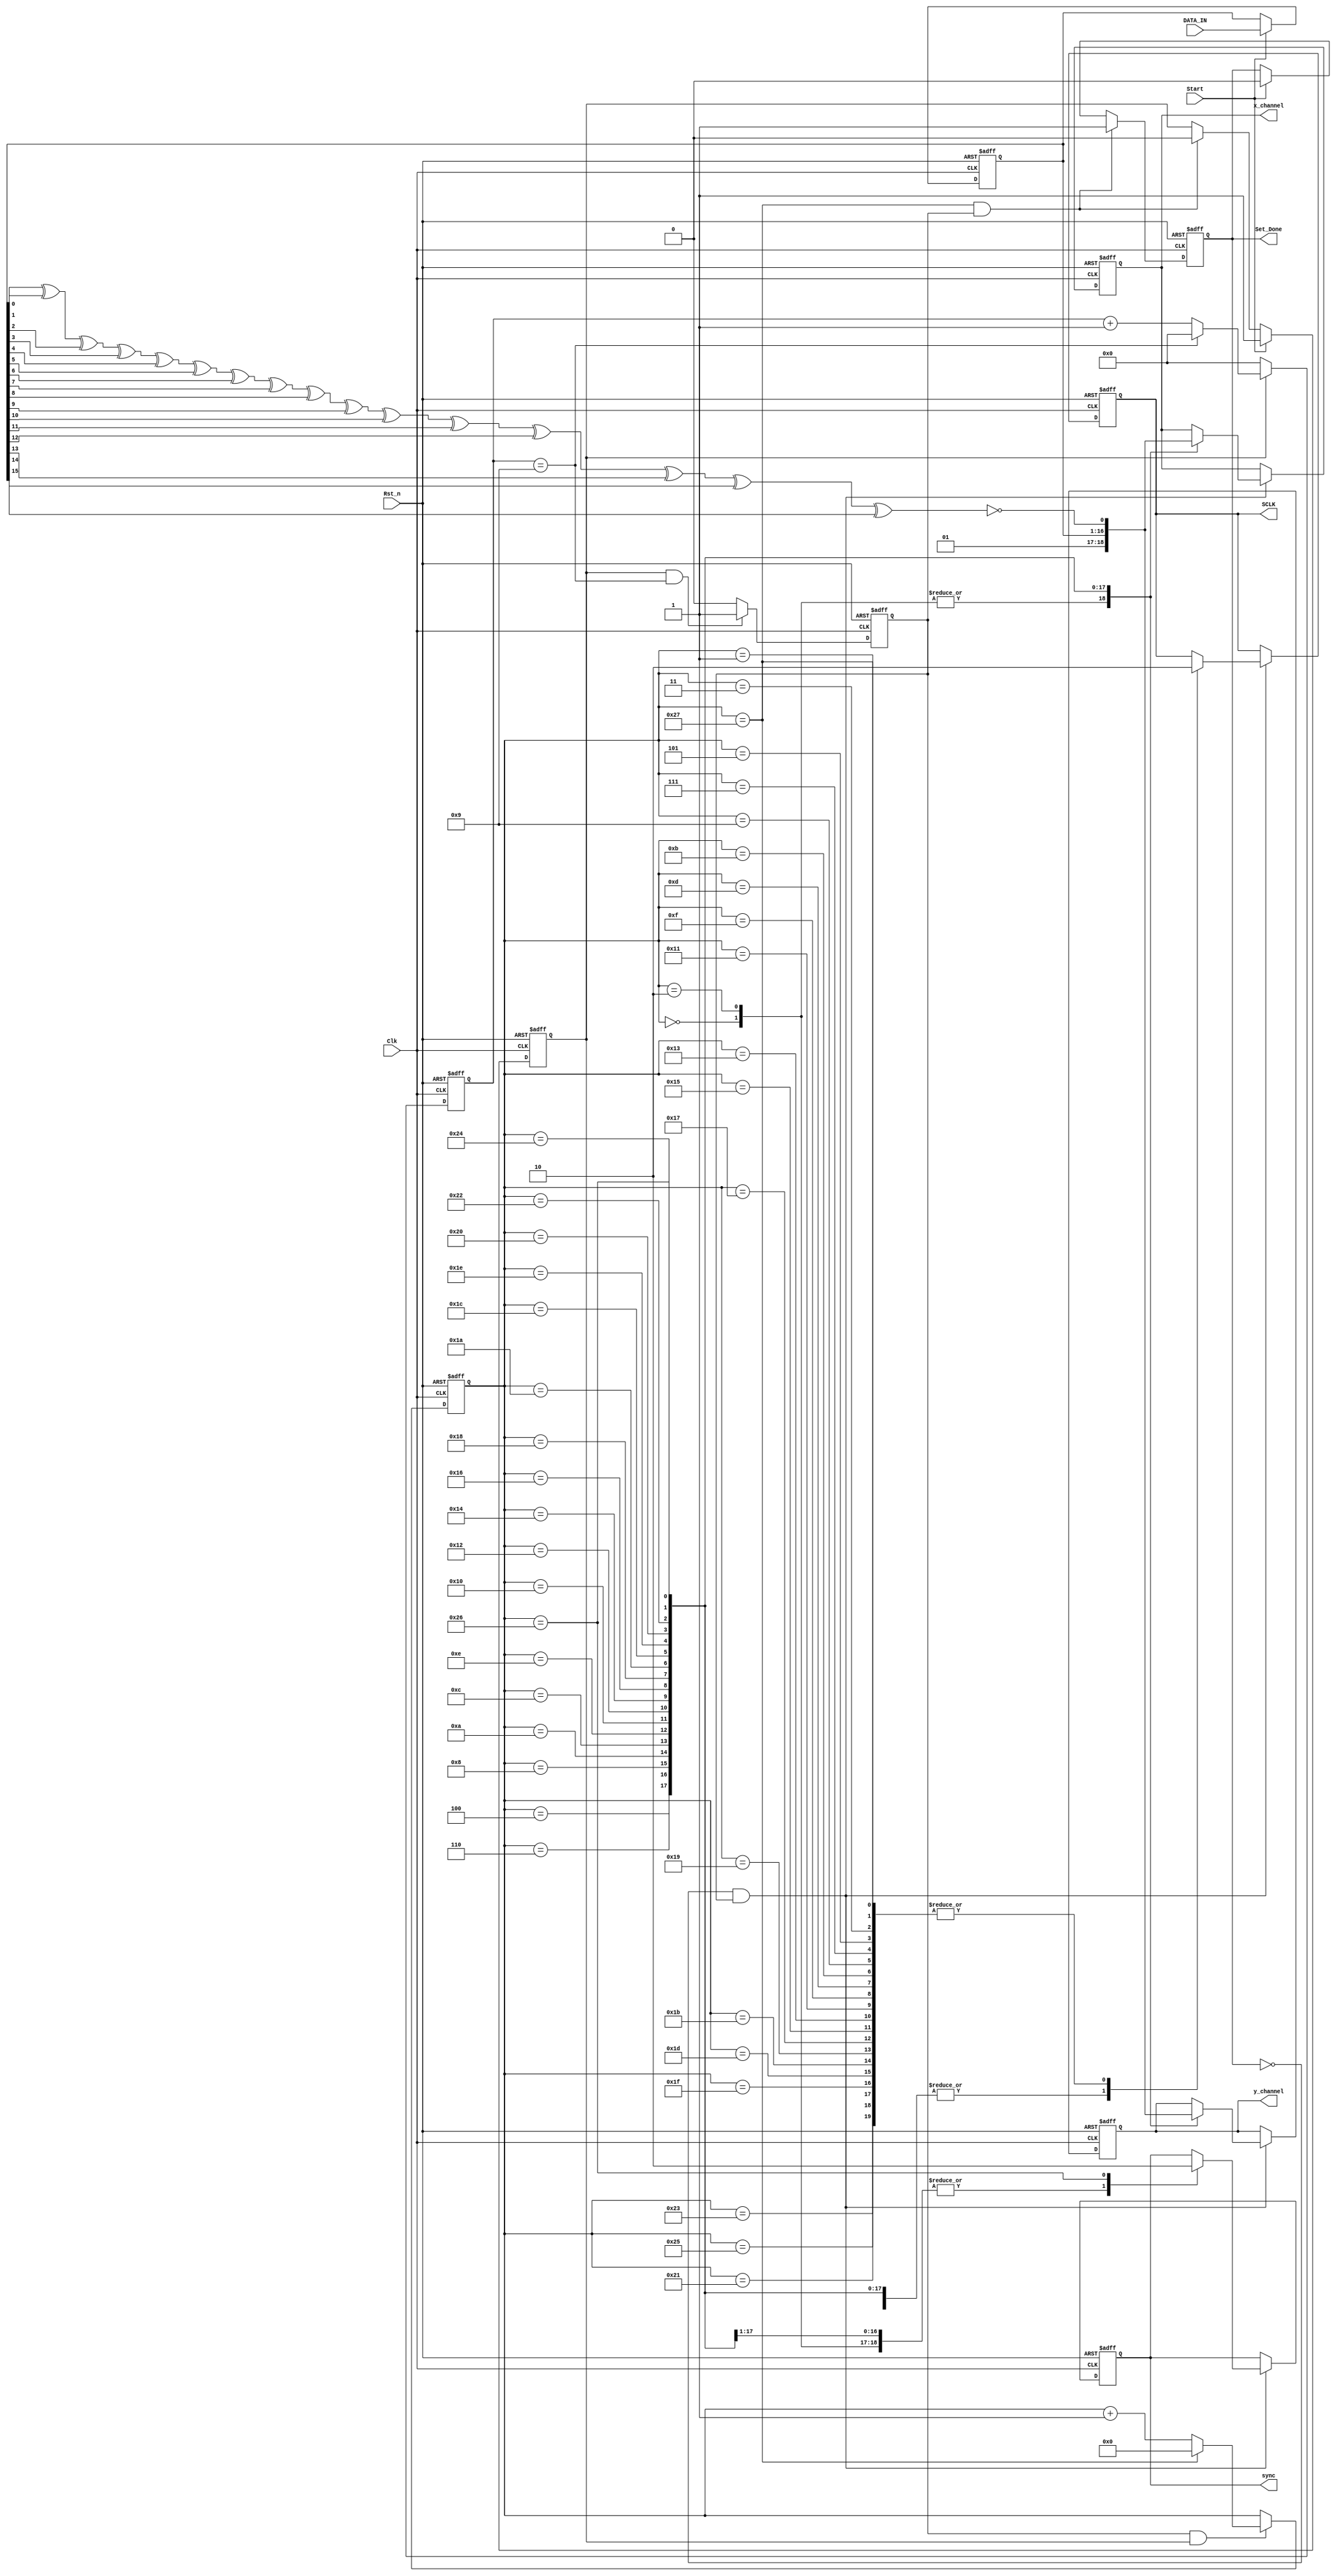
`timescale 1ns / 1ps
//////////////////////////////////////////////////////////////////////////////////
// Company: 
// Engineer: 
// 
// Design Name: 
// Module Name: xy2_100_send
// Project Name: 
// Target Devices: 
// Tool Versions: 
// Description: 
// 
// Dependencies: 
// 
// Revision:
// Revision 0.01 - File Created
// Additional Comments:
// 
//////////////////////////////////////////////////////////////////////////////////


module xy2_100_send(

 	Clk,
Rst_n,
DATA_IN,
Start,
Set_Done,
sync,
x_channel,
y_channel,
SCLK
);//set_done1bug

parameter fCLK = 40;  //total clk is 40Mhz
parameter DIV_PARAM =10;//half period of the clk_out is 200ns

input Clk;
input Rst_n;
input [15:0] DATA_IN;   //data and start signal are sent at the same time
input Start;            //
output Set_Done;     //if 16bits data are sent this signal is triggered
output reg sync;              
output reg x_channel;
output reg y_channel;
output reg SCLK;

reg [15:0] r_DAC_DATA;
 reg Set_Done=1;
reg [3:0]DIV_CNT=0;
reg SCLK2X;
//reg  set_done_r=1;
reg [5:0]SCLK_GEN_CNT=0;//this cnt is to generate sclk and data out

reg en=0;//if start is 1 en is triggerd 
//assign   done=(set_done_r)&&Set_Done;
//always@(posedge Clk or negedge Rst_n)
//if(!Rst_n)
//set_done_r<=0;
//else  set_done_r <=Set_Done;
always@(posedge Clk or negedge Rst_n)
if(!Rst_n)
    en  <=  1'b0;
else if(Start)
    en  <=  1'b1;
else if((SCLK_GEN_CNT == 39) && SCLK2X)
    en  <=  1'b0;
else
    en  <=  en;

always@(posedge Clk or negedge Rst_n)
if(!Rst_n)
    DIV_CNT  <=  4'd0;
else if(en)begin
    if(DIV_CNT == (DIV_PARAM - 1'b1))
        DIV_CNT  <=  4'd0;
    else 
        DIV_CNT  <= DIV_CNT + 1'b1;
end else    
    DIV_CNT  <= 4'd0;


always@(posedge Clk or negedge Rst_n)
if(!Rst_n)
    SCLK2X  <=  1'b0;
else if(en && (DIV_CNT == (DIV_PARAM - 1'b1)))
    SCLK2X  <=  1'b1;
else
    SCLK2X  <=1'b0;
    

always@(posedge Clk or negedge Rst_n)
if(!Rst_n)
    SCLK_GEN_CNT  <=  6'd0;
else if(SCLK2X && en)begin
    if(SCLK_GEN_CNT == 6'd39)
        SCLK_GEN_CNT  <= 6'd0;
    else
        SCLK_GEN_CNT  <= SCLK_GEN_CNT + 1'd1;
end else
    SCLK_GEN_CNT  <=  SCLK_GEN_CNT;

always@(posedge Clk or negedge Rst_n)
if(!Rst_n)
    r_DAC_DATA  <= 16'd0;
else if(Start)    
    r_DAC_DATA  <=  DATA_IN;
else
    r_DAC_DATA  <=  r_DAC_DATA; //shift the data into the register
            
//push the data at serial model        
always@(posedge Clk or negedge Rst_n)
if(!Rst_n)begin
     x_channel <=  1'b1;
     y_channel <=  1'b1; 
    SCLK  <=  1'b0;
    sync<=1'b0;
    
end else if(!Set_Done && SCLK2X) begin
    case(SCLK_GEN_CNT)
        0:
            begin                    
                 x_channel  <= 1'b0;
                  y_channel<= 1'b0;
                SCLK  <=   1'b1;
                sync<=1'b1;
            end
    
        1,3,5,7,9,11,13,15,17,19,21,23,25,27,29,31,33,35,37:
            begin
                SCLK  <=  1'b0;
            end
        
        2:  begin x_channel <= 1'b0; y_channel<=1'b0;                              SCLK  <=  1'b1;          sync<=1'b1;               end
        4:  begin x_channel <= 1'b1; y_channel<=1'b1;                              SCLK  <=  1'b1;          sync<=1'b1;               end
        6:  begin x_channel  <= r_DAC_DATA[15]; y_channel  <=  r_DAC_DATA[15];    SCLK  <=  1'b1;  sync<=1'b1;                end
        8:  begin x_channel <=  r_DAC_DATA[14];  y_channel <=  r_DAC_DATA[14];     SCLK  <=  1'b1;  sync<=1'b1;                 end            
        10: begin x_channel <=  r_DAC_DATA[13];  y_channel <=  r_DAC_DATA[13];     SCLK  <=  1'b1;  sync<=1'b1;                 end
        12: begin x_channel <=  r_DAC_DATA[12];  y_channel <=  r_DAC_DATA[12];     SCLK  <=  1'b1;  sync<=1'b1;                 end
        14: begin x_channel <=  r_DAC_DATA[11];  y_channel <=  r_DAC_DATA[11];     SCLK  <=  1'b1;  sync<=1'b1;                 end
        16: begin x_channel <=  r_DAC_DATA[10];  y_channel <=  r_DAC_DATA[10];     SCLK  <=  1'b1;  sync<=1'b1;                 end    
        18: begin x_channel <=  r_DAC_DATA[9];   y_channel <=  r_DAC_DATA[9];      SCLK  <=  1'b1;  sync<=1'b1;                  end
        20: begin x_channel <=  r_DAC_DATA[8];   y_channel <=  r_DAC_DATA[8];      SCLK  <=  1'b1;  sync<=1'b1;                  end                
        22: begin x_channel <=  r_DAC_DATA[7];   y_channel <=  r_DAC_DATA[7];      SCLK  <=  1'b1;  sync<=1'b1;                  end
        24: begin x_channel <=  r_DAC_DATA[6];   y_channel <=  r_DAC_DATA[6];      SCLK  <=  1'b1;  sync<=1'b1;                  end
        26: begin x_channel <=  r_DAC_DATA[5];   y_channel <=  r_DAC_DATA[5];      SCLK  <=  1'b1;  sync<=1'b1;                  end
        28: begin x_channel <=  r_DAC_DATA[4];   y_channel <=  r_DAC_DATA[4];      SCLK  <=  1'b1;  sync<=1'b1;                  end            
        30: begin x_channel <=  r_DAC_DATA[3];   y_channel <=  r_DAC_DATA[3];      SCLK  <=  1'b1;  sync<=1'b1;                  end
        32: begin x_channel <=  r_DAC_DATA[2];   y_channel <=  r_DAC_DATA[2];      SCLK  <=  1'b1;  sync<=1'b1;                  end
        34: begin x_channel <=  r_DAC_DATA[1];   y_channel <=  r_DAC_DATA[1];      SCLK  <=  1'b1;  sync<=1'b1;                  end
        36: begin x_channel <=  r_DAC_DATA[0];   y_channel <=  r_DAC_DATA[0];      SCLK  <=  1'b1;  sync<=1'b1;                  end
        38: begin x_channel <= ( r_DAC_DATA[0]^ r_DAC_DATA[1]^ r_DAC_DATA[2]^ r_DAC_DATA[3]^r_DAC_DATA[4]^r_DAC_DATA[5]^r_DAC_DATA[6]^r_DAC_DATA[7]^r_DAC_DATA[8]^r_DAC_DATA[9]^r_DAC_DATA[10]^r_DAC_DATA[11]^r_DAC_DATA[12]^r_DAC_DATA[13]^r_DAC_DATA[14]^r_DAC_DATA[15]^0^0^1)    ;   
                  y_channel <=( r_DAC_DATA[0]^ r_DAC_DATA[1]^ r_DAC_DATA[2]^ r_DAC_DATA[3]^r_DAC_DATA[4]^r_DAC_DATA[5]^r_DAC_DATA[6]^r_DAC_DATA[7]^r_DAC_DATA[8]^r_DAC_DATA[9]^r_DAC_DATA[10]^r_DAC_DATA[11]^r_DAC_DATA[12]^r_DAC_DATA[13]^r_DAC_DATA[14]^r_DAC_DATA[15]^0^0^1)  ;        
        
        
        
        
        
         SCLK  <=  1'b1;  sync<=1'b0;                  end
        
        
        
        
        39: begin  SCLK  <=  1'b0; end
        default:;
    endcase
end



always@(posedge Clk or negedge Rst_n)
if(!Rst_n)
    Set_Done <= 1'b1;
else if((SCLK_GEN_CNT == 39) && SCLK2X)   //if all the data are pushed out
    Set_Done <= 1'b1;
else if(Start)  Set_Done <= 1'b0;    
else
    Set_Done <= Set_Done ;

endmodule